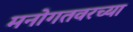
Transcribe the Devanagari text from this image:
मनोगतवरच्या